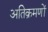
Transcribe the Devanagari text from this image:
अतिक्रमणों